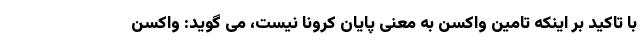
با تاکید بر اینکه تامین واکسن به معنی پایان کرونا نیست، می گوید: واکسن